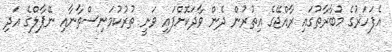
އެފަހަރުގެ މުބާރާތުގައި ރާއްޖޭގެ އިތުރުން ދެން ވާދަކޮށްފައި ވަނީ ތުރުކުމަނިސްތާނާއި ނޭޕާލްގެ އަދި